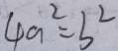
4 a ^ { 2 } = b ^ { 2 }